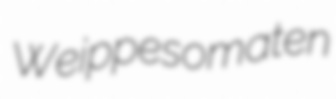
Weippe somaten